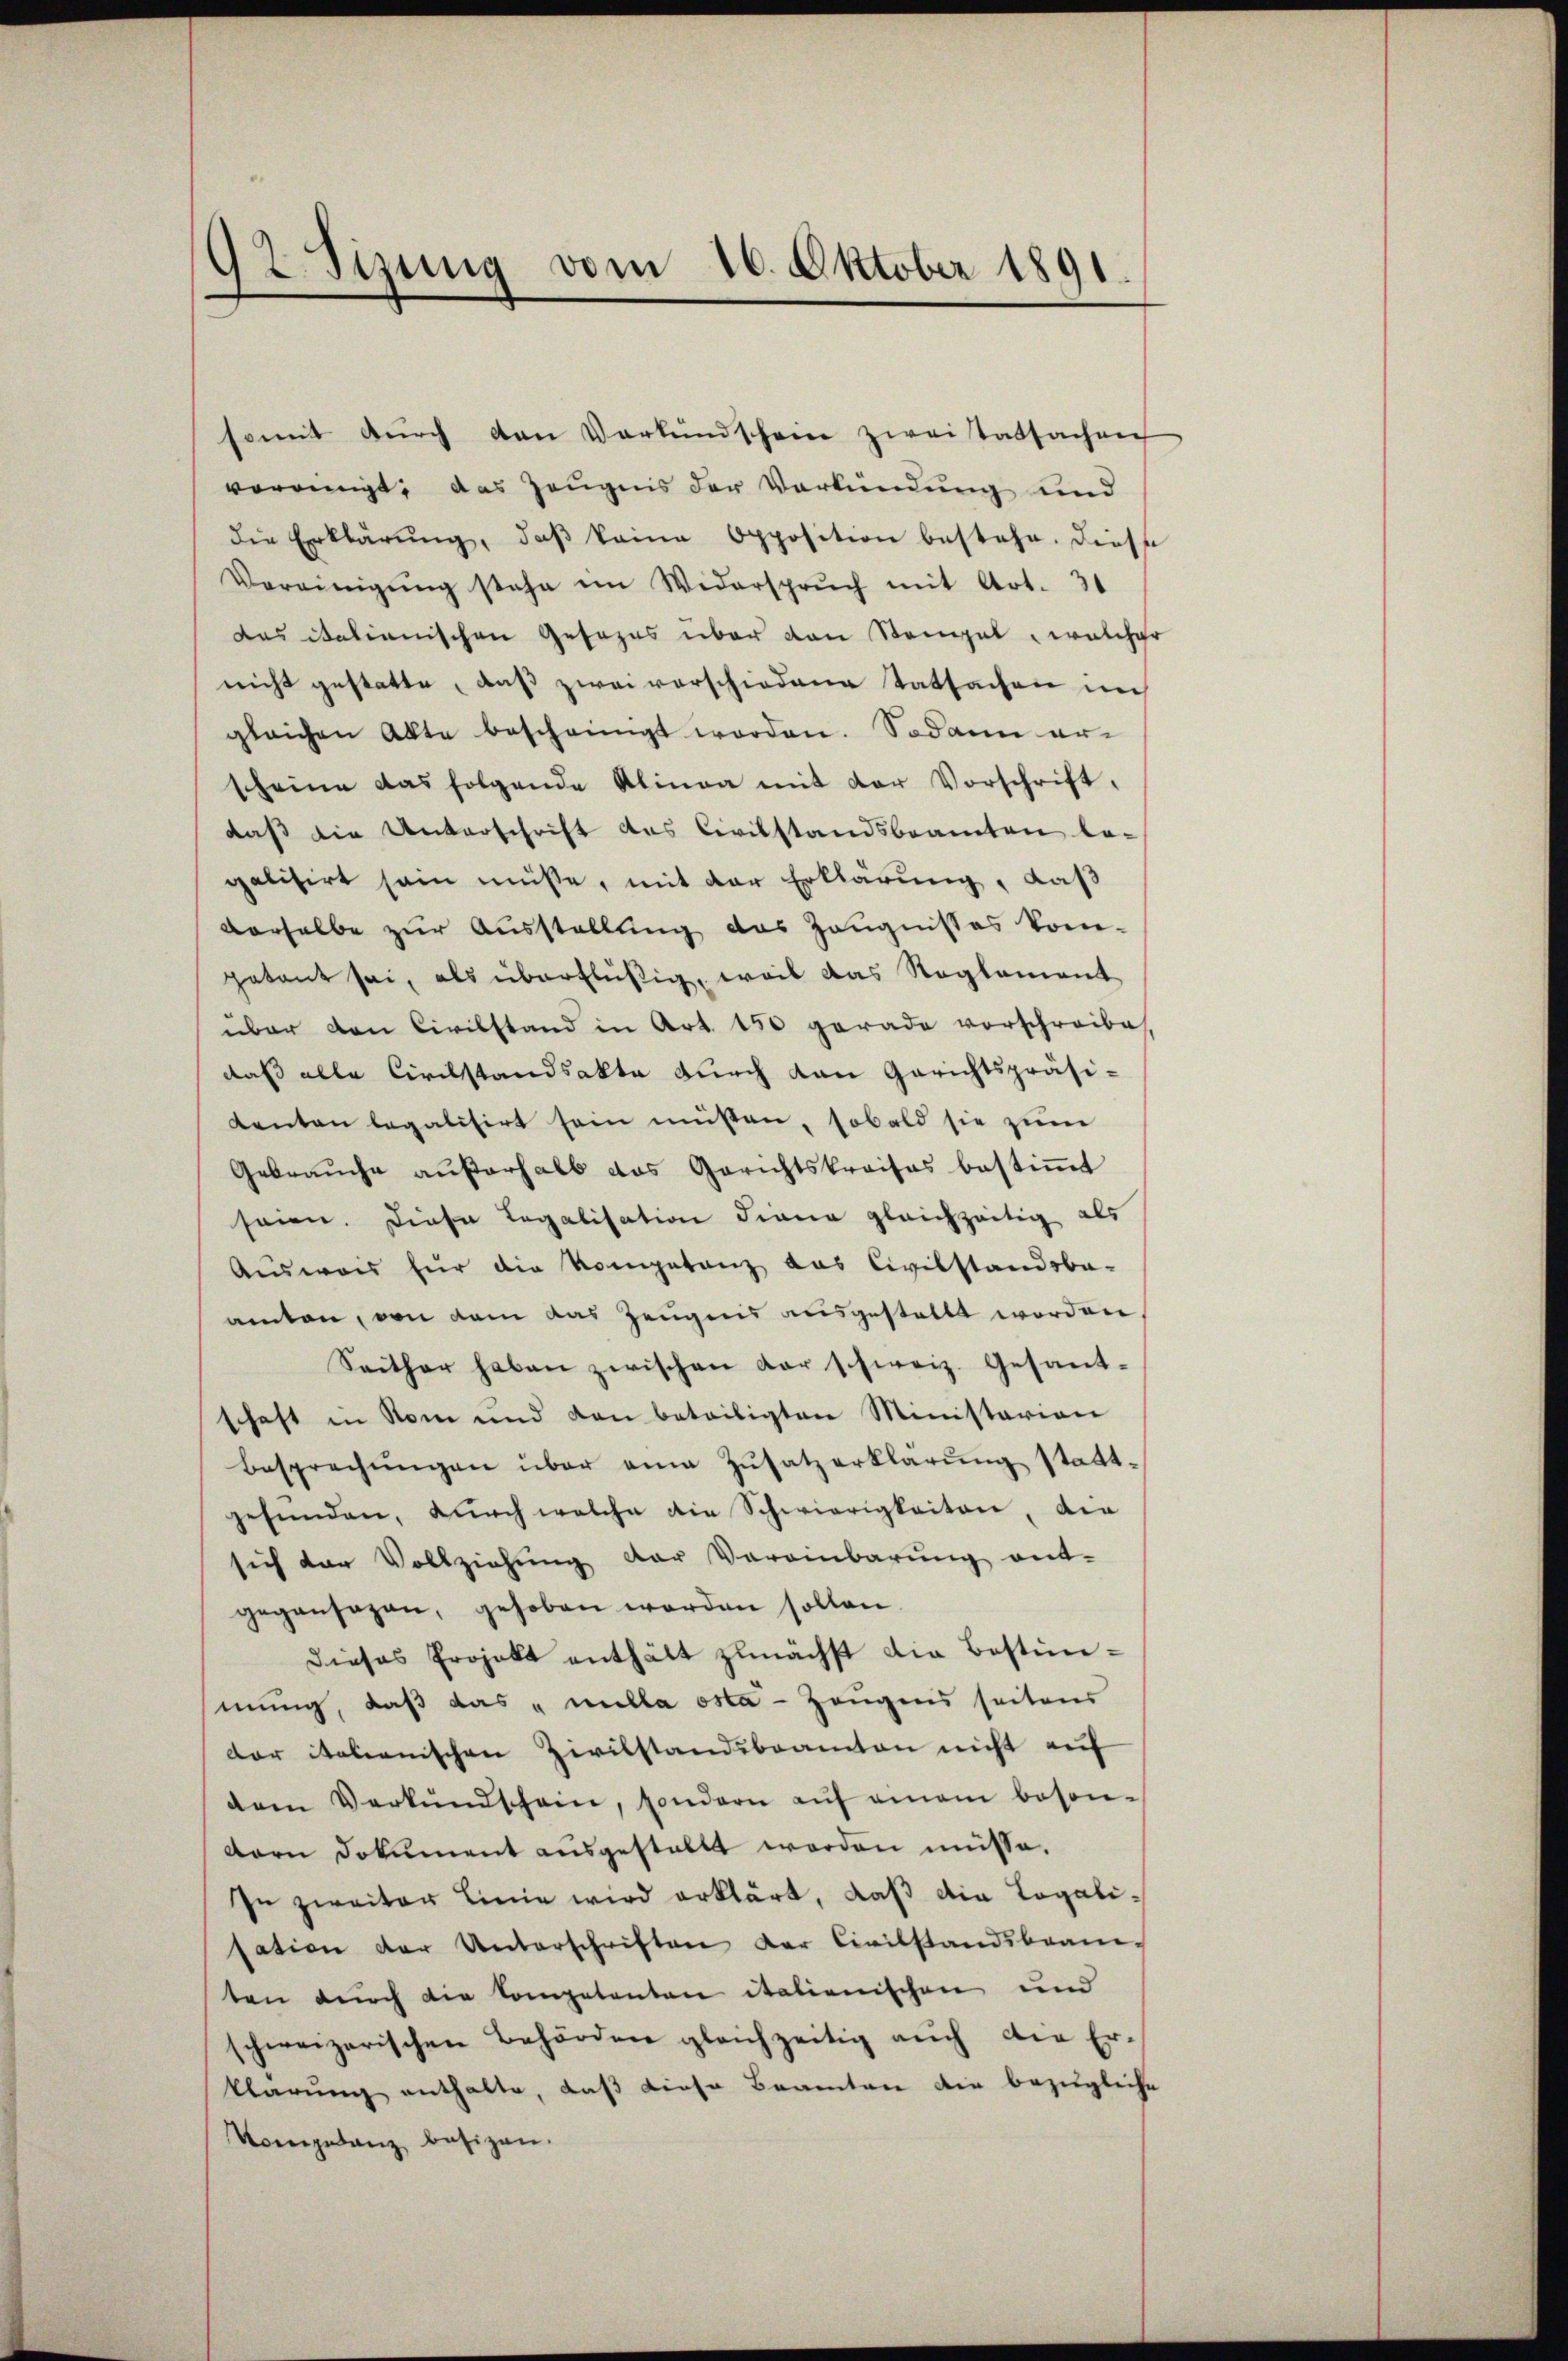
2. Sizung vom 16. Oktober 1891
¬

somit durch den Verkündschein zweitatsachen
voreinigt, das Zeugnis der Verkündung und
die Erklärŭng, daβ keine Opposition bestehe. Diese
Vereinigŭng stehe im Widersprŭch mit Art. 31
das italienischen Gesezes über den Stangel, welcher
nicht gestatte, daß zwei verschiedene Tatsachen nich
gleichen Akte bescheinigt worden. Sodann er-
scheine das folgende Alinea mit der Vorschrift,
daß die Unterschrift das Civilstandsbeamten la-
galisirt sein müße, mit der Erklärung, daß
derselbe zur Ausstellung das Zeugnißes kom-
petant sei, als überflüßig, weil das Reglement
über den Civilstand in Art. 150 gerade vorschreibe
daß alle Civilstandsakte durch den Gerichtspräsi¬
Kenten legalisirt sein müßen, sobald sie zum
Gebraŭche aŭβerhalb das Gerichtskreises bestiṁt
sein. Diese Legalisation diene gleichzeitig als
Ausweis für die Kompetanz das Civilstandsba-
amten, von dem das Zeugnis ausgestellt worden
Seither haben zwischen der schweiz. Gesant-
schaft in Rom und den beteiligten Ministarion
Besprechŭngen über eine Zŭsatz erklärŭng statt-
gefunden, durch welche die Schwierigkeiten, die
sich der Vollziehung der Vereinbarung ent-
gegensagen, gehoben werden sollen
Dieses Projekt enthält zunächst die Bestimmung, daß das „nulla osta - Zeugens seitens
der italienischen Zivilstandsbeamten nicht auf
dem Verkŭndschein, sondern auf einem beson-
dern Dokument ausgestellt worden müsse.
In zweiter Linie wird erklärt, daß die Legalisation der Unterschriften der Civilstandsbean-
ten durch die Competenten italienischen und
schweizerischen Behörden gleichzeitig auch die Erklärung enthalte, daß diese Beamten die bezügleiche
Vomgetanz besizen.